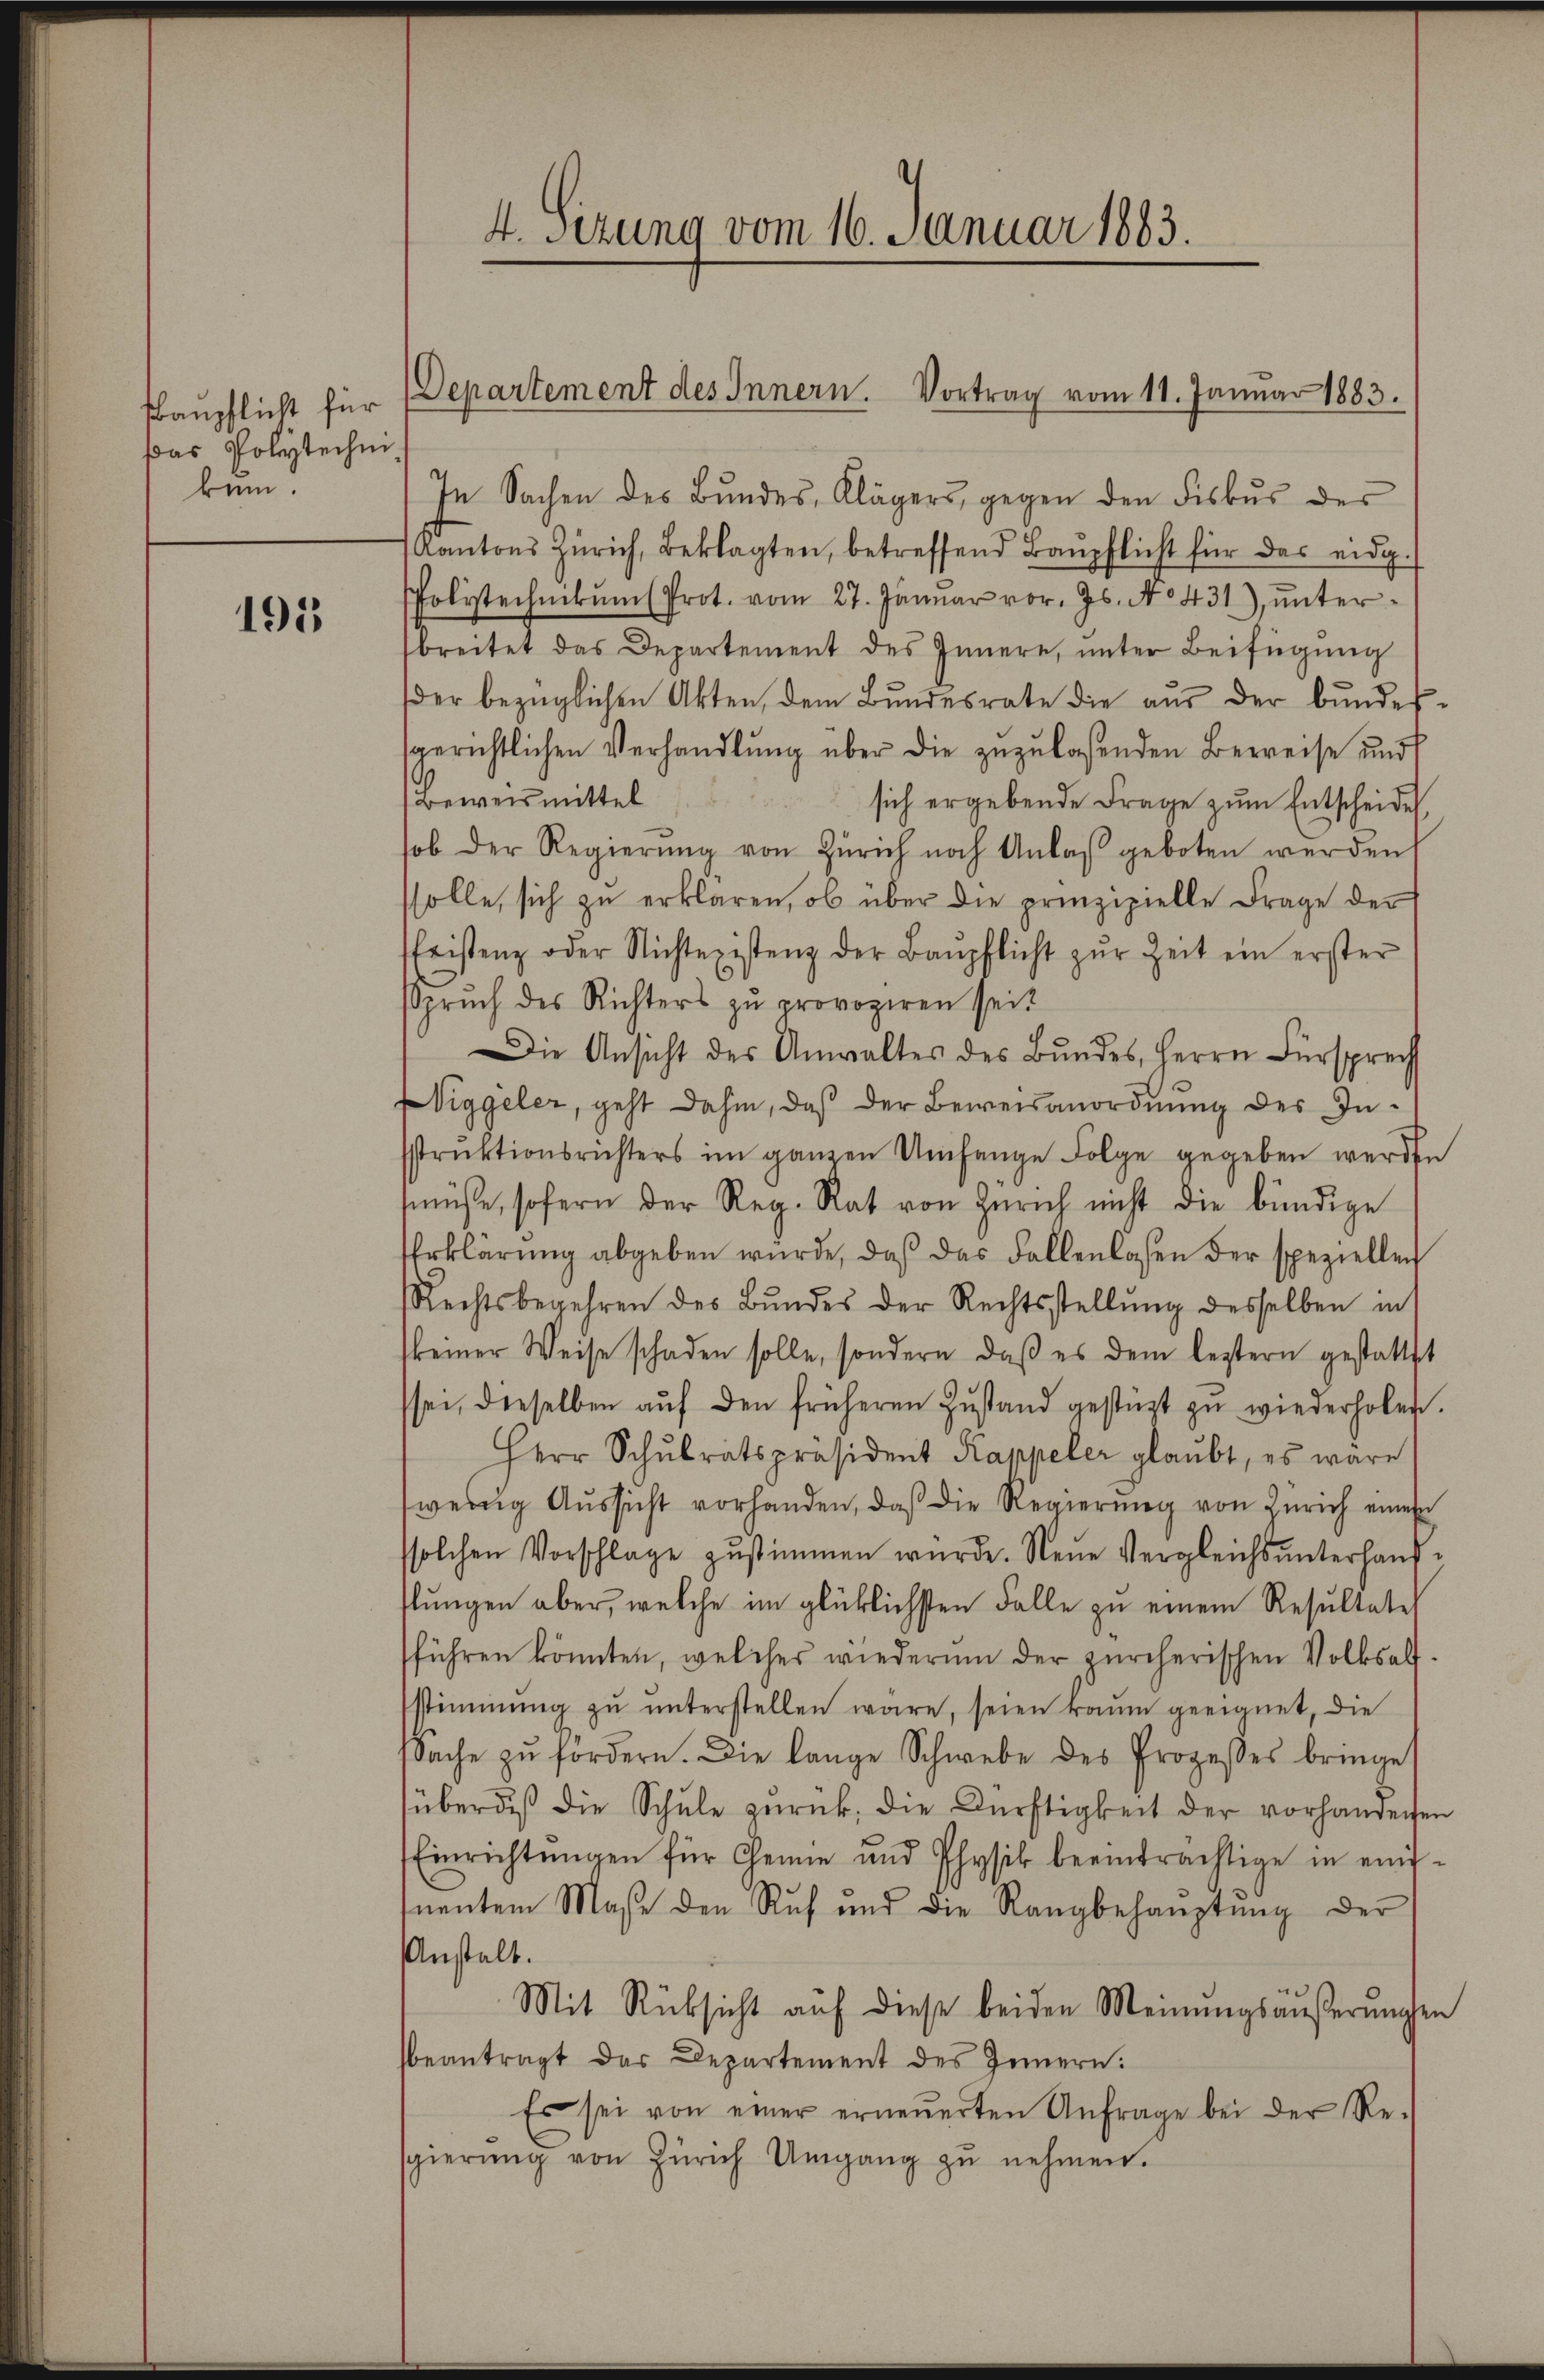
Baupflicht für
Das Polytechni
kum.

195

4. Setzung vom 16. Januar 1883.

In Sachen des Bŭndes, Klägers, gegen den Fiskus der
Kantons Zürich, Beklagten, betreffend Baŭpflicht für das eidg.
folytechnikŭm Prot. vom 27. Januar vor. Js. No 431), ŭnter-
breitet das Departement des Innere, unter Beifügung
der bezüglichen Akten, dem Bŭndesrate die aŭs der Bŭndes-
sgerichtlichen Verhandlŭng über die zŭzŭlasenden Beweise und
Beweismittel
sich ergebende Frage zum Entscheide
ob der Regierŭng von Zürich noch Anlaβ geboten werden
solle, sich zu erklären, ob über die prinzipielle Frage der
Eristenz oder Nichtexistenz der Baupflicht zŭr Zeit ein erster
spruch des Richters zu provoziren sei?
Die Ansicht des Anwaltes des Bŭndes, Herrn Fürsprech
Viggeler, geht dahin, daß der Beweisanordnung des In-
strŭktionsrichters im ganzen Umfange Folge gegeben werden
müße, sofern der Reg. Rat von Zürich nicht die bündige
Erklärung abgeben würde, daß das Fallenlosen der speziellen
Rechtsbegehren des Bundes der Rechtsstellŭng desselben in
keiner Weise schaden solle, sondern, daβ es dem leztern gestattet
sei, dieselben aŭf den früheren Zustand gestüzt zu wiederhoben.
Herr Schŭlratspräsident Kappeler glaŭbt, es wäre
wenig Aŭssicht vorhanden, daβ die Regierŭng von Zürich eines
solchen Vorschlage zŭstimmen würde. Neue Vergleichsŭnterhaŭs-
flŭngen aber, welche im glücklichsten Falle zu einem Resultate
führen könnten, welches wiederum der zürcherischen Volksalt-
sstimmung zŭ ŭnterstellen wäre, seien kaum geeignet, die
Sache zŭ fordern. Die lange Schwebe des Prozeßes bringe
überdies die Schule zŭrück, die Dürftigkeit der vorhanderen
Einrichtŭngen für Chemie und Physik beeinträchtige in eininentem Maße den Ruf und die Rangbehaŭptŭng der
Anstalt.
Mit Rücksicht auf diese beiden Meinungsäußerungen
beantragt das Departement des Innern:
Es sei von einer erneŭerten Anfrage bei der Re-
sgierŭng von Zürich Umgang zŭ nehmen.

Departement des Innern. Vortrag vom 11. Januar 1883.